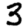
Digit: 3